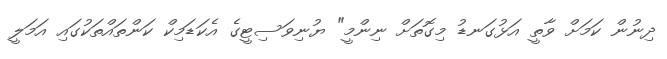
ދިނުން ކަމަށް ވާތީ އަޅުގަނޑު މިގޮތަށް ނިންމީ" ޔުނިވަސިޓީގެ އެކަޑަމިކް ކަންތައްތަކުގައި އަމަލީ